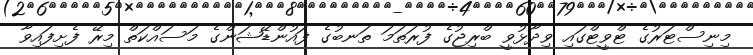
މިނިސްޓަރުގެ ޓްވީޓްގައި ވިދާޅުވީ ބްރިޖުގެ ފުރަތަމަ ތަނބުގެ ފައުންޑޭޝަންގެ މަސައްކަތް މިރޭ ފެށިފައިވާ